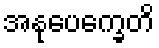
အနုပေက္ခေတိ